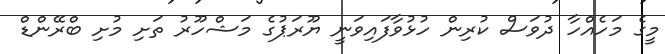
މީގެ މަހެއްހާ ދުވަސް ކުރިން ހުޅުވާފައިވަނީ ޔޫރަޕުގެ މަޝްހޫރު ތަށި މުށި ބްރޭންޑް